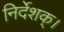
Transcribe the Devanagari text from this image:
निर्देशक्।